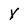
Character: Y